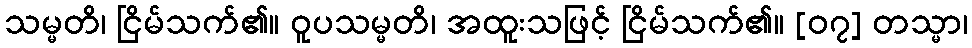
သမ္မတိ၊ ငြိမ်သက်၏။ ဝူပသမ္မတိ၊ အထူးသဖြင့် ငြိမ်သက်၏။ [၀၇] တသ္မာ၊